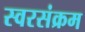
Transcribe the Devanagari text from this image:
स्वरसंक्रम